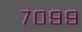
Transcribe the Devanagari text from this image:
७०९९